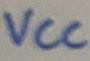
Text: VCC